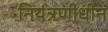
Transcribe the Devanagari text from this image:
नियंत्रणीधीन